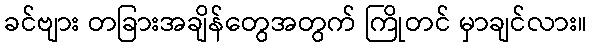
ခင်ဗျား တခြားအချိန်တွေအတွက် ကြိုတင် မှာချင်လား။